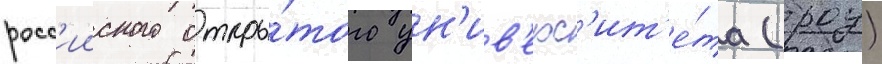
росс'ииского откры́того ун'ив'ерс'ит'е́та (роу)